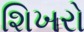
શિખરો